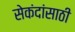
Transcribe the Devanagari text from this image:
सेकंदांसाठी